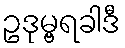
ဥဒုမ္ဗရခါဒီ